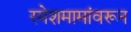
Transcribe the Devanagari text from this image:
रमेशमामांवरून